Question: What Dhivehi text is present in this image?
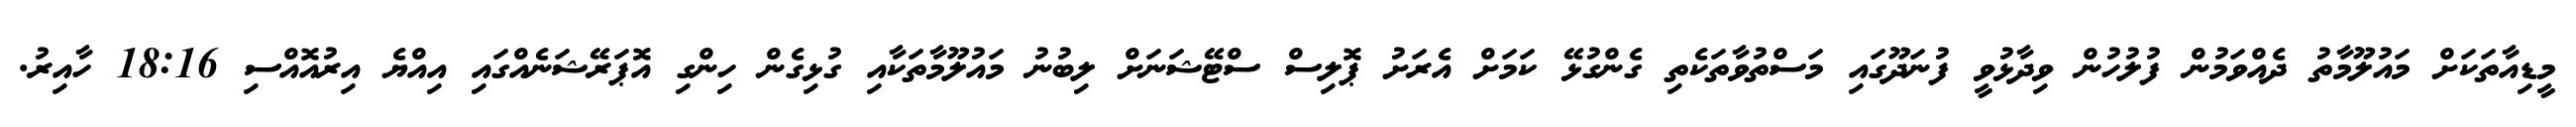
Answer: މީޑިއާތަކަށް މައުލޫމާތު ދެއްވަމުން ފުލުހުން ވިދާޅުވީ ފުނަދޫގައި މަސްތުވާތަކެތި ގެންގުޅޭ ކަމަށް އެރަށު ޕޮލިސް ސްޓޭޝަނަށް ލިބުނު މައުލޫމާތަކާއި ގުޅިގެން ހިންގި އޮޕަރޭޝަނެއްގައި އިއްޔެ އިރުއޮއްސި 18:16 ހާއިރު.